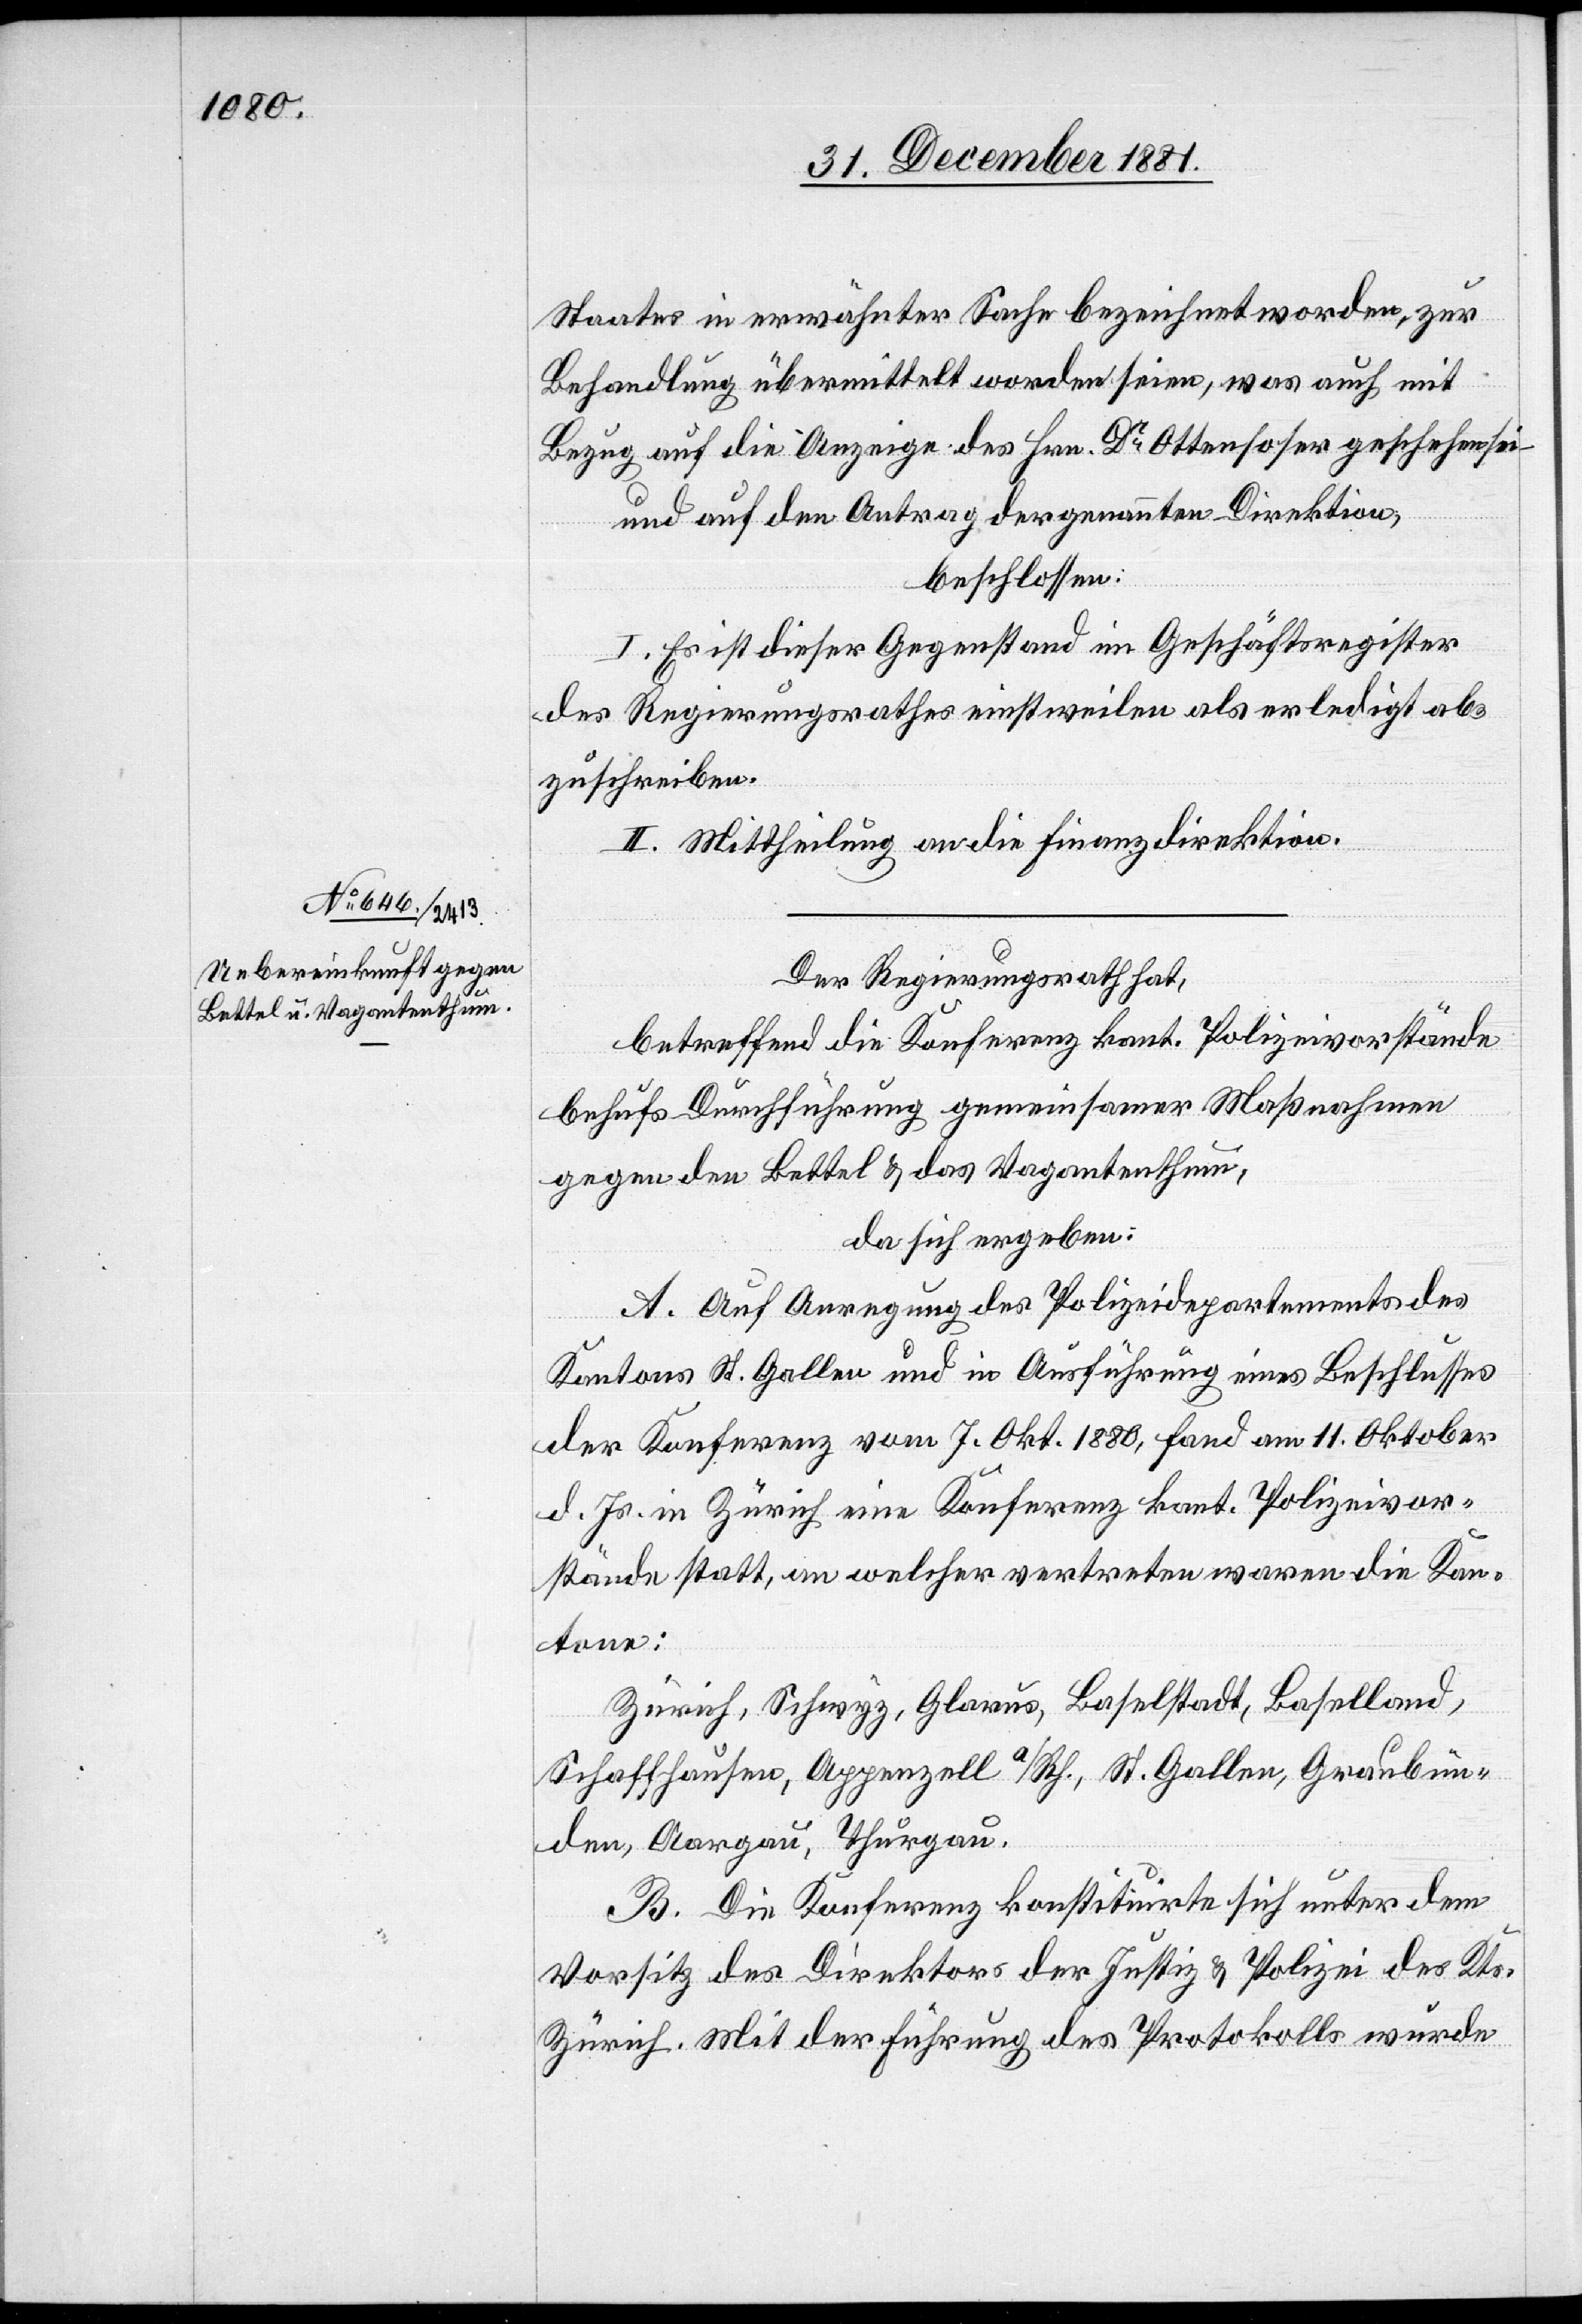
Staates in erwähnter Sache bezeichnet worden, zur
Behandlung übermittelt worden seien, was auch mit
Bezug auf die Anzeige des Hrn. Dr Ottensoser geschehen sei
und auf den Antrag der genannten Direktion,
beschlossen:
I. Es ist dieser Gegenstand im Geschäftsregister
des Regierungsrathes einstweilen als erledigt ab¬
zuschreiben.
II. Mittheilung an die Finanzdirektion.
Der Regierungsrath hat,
betreffend die Konferenz kant. Polizeivorstände
behufs Durchführung gemeinsamer Maßnahmen
gegen den Bettel & das Vagantenthum,
da sich ergeben:
A. Auf Anregung des Polizeidepartement des
Kantons St. Gallen und in Ausführung eines Beschlusses
der Konferenz vom 7. Okt. 1880, fand am 11. Oktober
d. Js. in Zürich eine Konferenz kant. Polizeivor¬
stände statt, an welcher vertreten waren die Kan¬
tone:
Zürich, Schwyz, Glarus, Baselstadt, Baselland,
Schaffhausen, Appenzell a/Rh., St. Gallen, Graubün¬
den, Aargau, Thurgau.
B. Die Konferenz konstituirte sich unter dem
Vorsitz des Direktors der Justiz & Polizei des Kts.
Zürich. Mit der Führung des Protokolls wurde